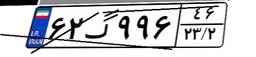
۶۸گ۷۸۹۶۰